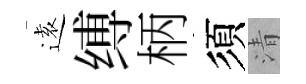
逺缚柄須清